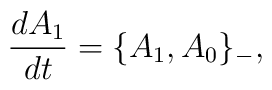
\frac{d A_1}{dt}=\{A_1,A_0\}_{-},